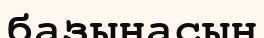
базынасын